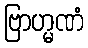
ဗြာဟ္မဏံ